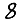
Digit: 8